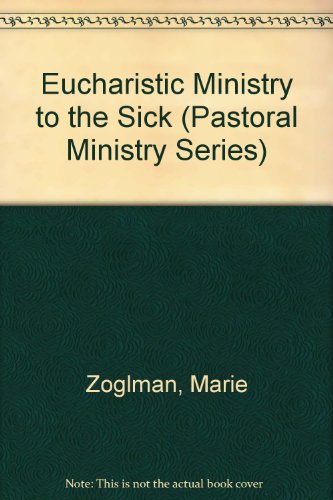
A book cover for Eucharistic Ministry to the Sick (Pastoral Ministry Series); Marie Zoglman; Christian Books & Bibles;